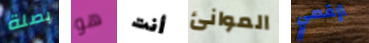
بصلة هو أنت الموانئ ارقصي